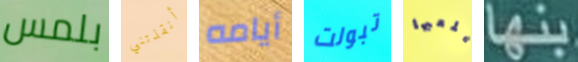
بلمس أنقذتني أيامه تبولت يلعبها بنها